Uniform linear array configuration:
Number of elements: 24
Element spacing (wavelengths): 0.5
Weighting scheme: blackman
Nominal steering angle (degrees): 45
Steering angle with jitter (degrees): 44.116
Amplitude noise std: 0.05
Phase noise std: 0.05

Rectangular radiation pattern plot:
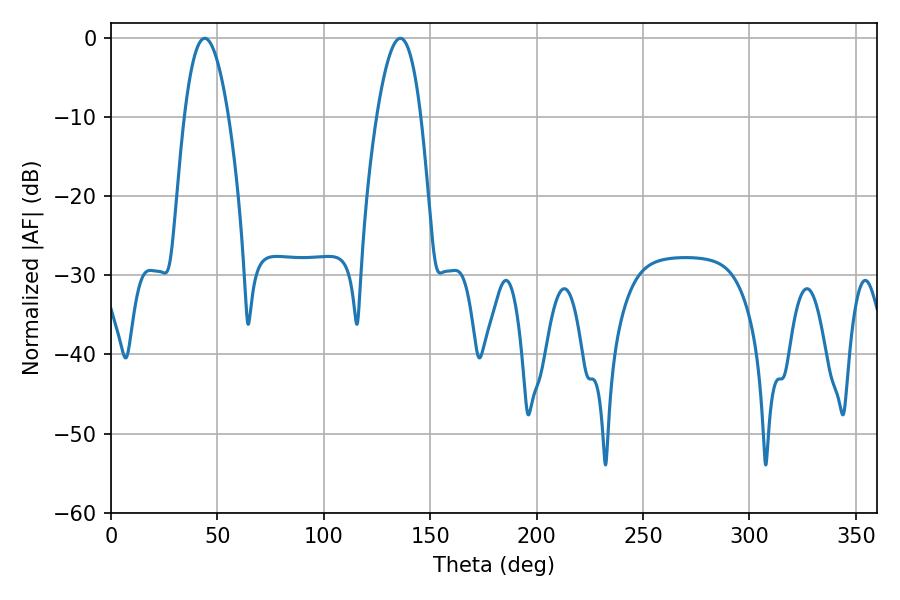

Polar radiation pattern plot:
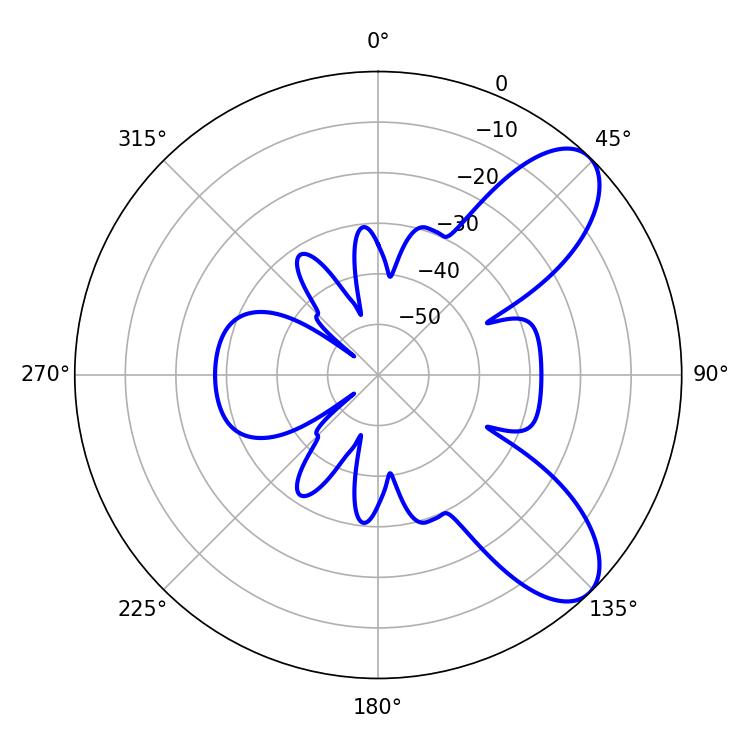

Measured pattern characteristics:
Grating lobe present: FALSE
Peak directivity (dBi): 8.261
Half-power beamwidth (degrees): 11.52
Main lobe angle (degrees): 44.1